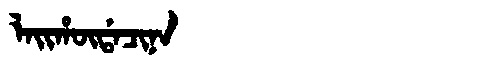
Manchu: ᠯᠠᡳᡥᡡᡩᠠᠴᡳᠨᠠ
Romanization: LAIHŪDACINA